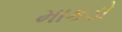
માકડો